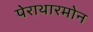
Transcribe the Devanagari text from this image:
पेराथारमोन